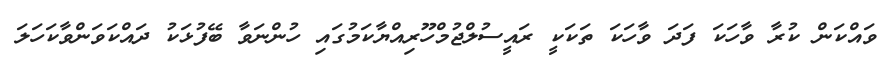
ވައްކަން ކުރާ ވާހަކަ ފަދަ ވާހަކަ ތަކަކީ ރައީސުލްޖުމްހޫރިއްޔާކަމުގައި ހުންނަވާ ބޭފުޅަކު ދައްކަވަންވާކަހަލަ